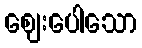
ဈေးပေါသော